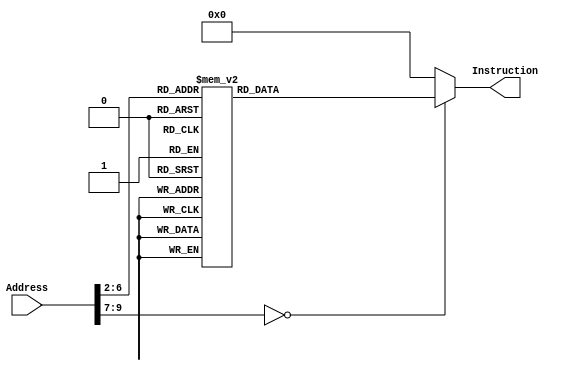
module InstructionMemory(Address, Instruction);
	input [31:0] Address;
	output reg [31:0] Instruction;

	always @(*)
		case (Address[9:2])
			8'd0 : Instruction <= {6'h08, 5'd0, 5'd4, 16'd3};
			8'd1 : Instruction <= {6'h03, 26'd3};
			8'd2 : Instruction <= {6'h04, 5'd0, 5'd0, -16'd1};
			8'd3 : Instruction <= {6'h08, 5'd29, 5'd29, -16'd8};
			8'd4 : Instruction <= {6'h2b, 5'd29, 5'd31, 16'd4};
			8'd5 : Instruction <= {6'h2b, 5'd29, 5'd4, 16'd0};
			8'd6 : Instruction <= {6'h0a, 5'd4, 5'd8, 16'd1};
			8'd7 : Instruction <= {6'h04, 5'd8, 5'd0, 16'd3};
			8'd8 : Instruction <= {6'h00, 5'd0, 5'd0, 5'd2, 5'd0, 6'h26};
			8'd9 : Instruction <= {6'h08, 5'd29, 5'd29, 16'd8};
			8'd10: Instruction <= {6'h00, 5'd31, 15'd0, 6'h08};
			8'd11: Instruction <= {6'h08, 5'd4, 5'd4, -16'd1};
			8'd12: Instruction <= {6'h03, 26'd3};
			8'd13: Instruction <= {6'h23, 5'd29, 5'd4, 16'd0};
			8'd14: Instruction <= {6'h23, 5'd29, 5'd31, 16'd4};
			8'd15: Instruction <= {6'h08, 5'd29, 5'd29, 16'd8};
			8'd16: Instruction <= {6'h00, 5'd4, 5'd2, 5'd2, 5'd0, 6'h20};
			8'd17: Instruction <= {6'h00, 5'd31, 15'd0, 6'h08};

			default: Instruction <= 32'h00000000;
		endcase

endmodule